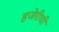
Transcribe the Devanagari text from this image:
हजेरीची